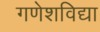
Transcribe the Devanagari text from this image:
गणेशविद्या